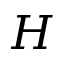
H